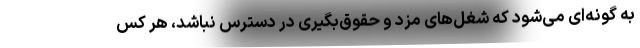
به گونه‌ای می‌شود که شغل‌های مزد و حقوق‌بگیری در دسترس نباشد، هر کس